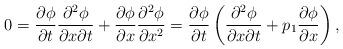
LaTeX: \begin{align*} 0=\frac{\partial \phi}{\partial t}\frac{\partial^2\phi }{\partial x\partial t}+\frac{\partial \phi}{\partial x}\frac{\partial^2\phi }{\partial x^2}=\frac{\partial \phi}{\partial t}\left(\frac{\partial^2\phi }{\partial x\partial t}+p_1\frac{\partial \phi}{\partial x}\right),\end{align*}